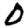
Digit: 0